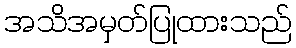
အသိအမှတ်ပြုထားသည်